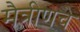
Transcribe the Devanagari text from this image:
मैत्रीणचे